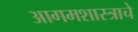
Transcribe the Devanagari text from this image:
आगमशास्त्राचे